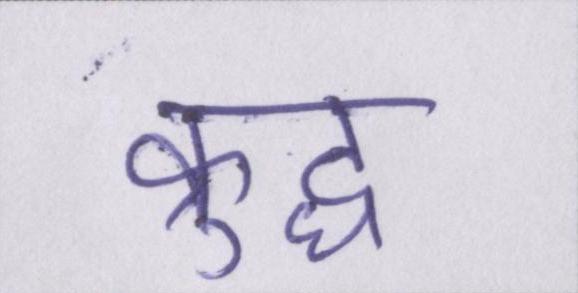
क्रुद्ध